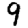
Digit: 9